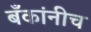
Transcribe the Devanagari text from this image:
बँकांनीच